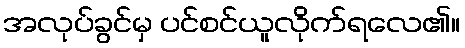
အလုပ်ခွင်မှ ပင်စင်ယူလိုက်ရလေ၏။